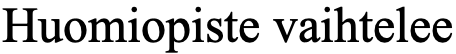
Huomiopiste vaihtelee